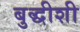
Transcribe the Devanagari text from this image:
बुद्धीशी